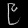
Digit: ၉